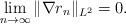
LaTeX: \begin{align*}\lim_{n\rightarrow \infty} \|\nabla r_n\|_{L^2}=0.\end{align*}